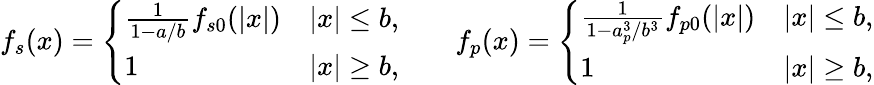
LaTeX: f_{s}(x)=\left\{ \begin{array}{ll}{\frac{1}{1-a/b}f_{s0}(|x|)}&{|x|\leq b,}\\ {1}&{|x|\geq b,}\end{array}\right.\qquad f_{p}(x)=\left\{ \begin{array}{ll}{\frac{1}{1-a_{p}^{3}/b^{3}}f_{p0}(|x|)}&{|x|\leq b,}\\ {1}&{|x|\geq b,}\end{array}\right.